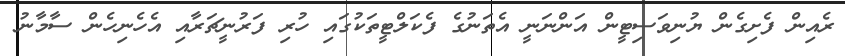
ރެއިން ފެށިގެން ޔުނިވަސިޓީން އަންނަނީ އެތަނުގެ ފެކަލްޓީތަކުގައި ހުރި ފަރުނީޗަރާއި އެހެނިހެން ސާމާނު